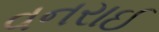
વનરાઈ